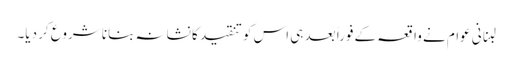
لبنانی عوام نے واقعہ کے فوراً بعد ہی اس کو تنقید کا نشانہ بنانا شروع کر دیا۔